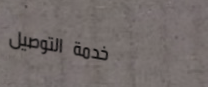
خدمة التوصيل